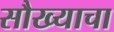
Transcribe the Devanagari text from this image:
सौख्याचा